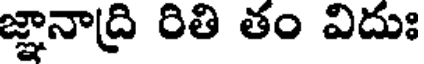
జ్ఞానాద్రి రితి తం విదుః